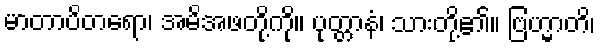
မာတာပိတရော၊ အမိအဖတို့ကို။ ပုတ္တာနံ၊ သားတို့၏။ ဗြဟ္မာတိ၊